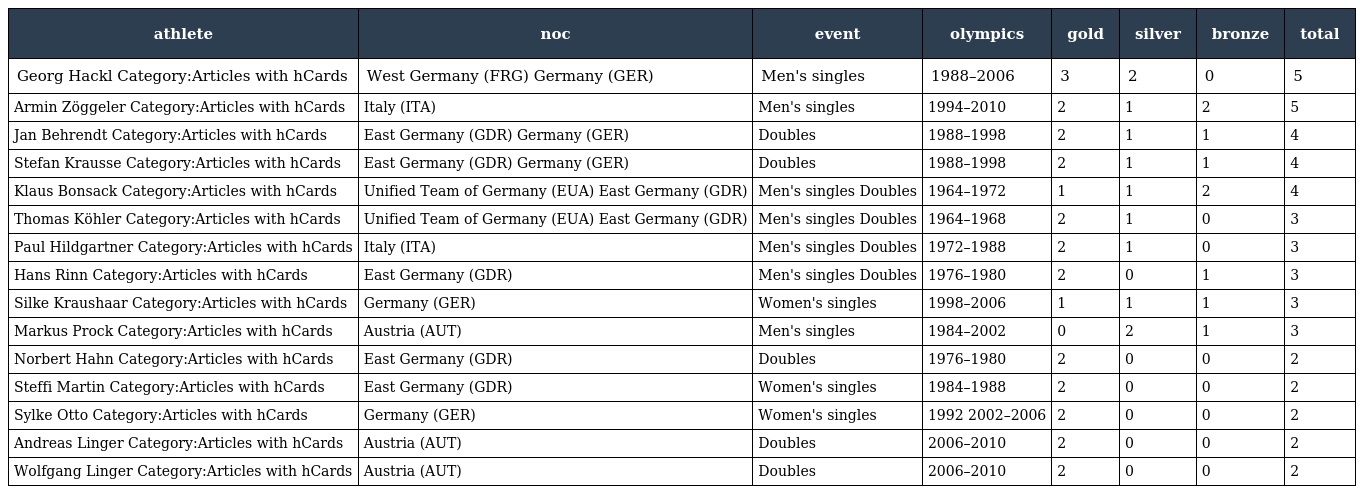
| athlete | noc | event | olympics | gold | silver | bronze | total |
 | --- | --- | --- | --- | --- | --- | --- | --- |
 | Georg Hackl Category:Articles with hCards | West Germany (FRG) Germany (GER) | Men's singles | 1988–2006 | 3 | 2 | 0 | 5 |
 | Armin Zöggeler Category:Articles with hCards | Italy (ITA) | Men's singles | 1994–2010 | 2 | 1 | 2 | 5 |
 | Jan Behrendt Category:Articles with hCards | East Germany (GDR) Germany (GER) | Doubles | 1988–1998 | 2 | 1 | 1 | 4 |
 | Stefan Krausse Category:Articles with hCards | East Germany (GDR) Germany (GER) | Doubles | 1988–1998 | 2 | 1 | 1 | 4 |
 | Klaus Bonsack Category:Articles with hCards | Unified Team of Germany (EUA) East Germany (GDR) | Men's singles Doubles | 1964–1972 | 1 | 1 | 2 | 4 |
 | Thomas Köhler Category:Articles with hCards | Unified Team of Germany (EUA) East Germany (GDR) | Men's singles Doubles | 1964–1968 | 2 | 1 | 0 | 3 |
 | Paul Hildgartner Category:Articles with hCards | Italy (ITA) | Men's singles Doubles | 1972–1988 | 2 | 1 | 0 | 3 |
 | Hans Rinn Category:Articles with hCards | East Germany (GDR) | Men's singles Doubles | 1976–1980 | 2 | 0 | 1 | 3 |
 | Silke Kraushaar Category:Articles with hCards | Germany (GER) | Women's singles | 1998–2006 | 1 | 1 | 1 | 3 |
 | Markus Prock Category:Articles with hCards | Austria (AUT) | Men's singles | 1984–2002 | 0 | 2 | 1 | 3 |
 | Norbert Hahn Category:Articles with hCards | East Germany (GDR) | Doubles | 1976–1980 | 2 | 0 | 0 | 2 |
 | Steffi Martin Category:Articles with hCards | East Germany (GDR) | Women's singles | 1984–1988 | 2 | 0 | 0 | 2 |
 | Sylke Otto Category:Articles with hCards | Germany (GER) | Women's singles | 1992 2002–2006 | 2 | 0 | 0 | 2 |
 | Andreas Linger Category:Articles with hCards | Austria (AUT) | Doubles | 2006–2010 | 2 | 0 | 0 | 2 |
 | Wolfgang Linger Category:Articles with hCards | Austria (AUT) | Doubles | 2006–2010 | 2 | 0 | 0 | 2 |